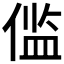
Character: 𫣉